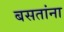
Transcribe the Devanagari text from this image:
बसतांना